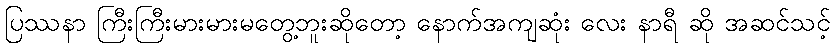
ပြဿနာ ကြီးကြီးမားမားမတွေ့ဘူးဆိုတော့ နောက်အကျဆုံး လေး နာရီ ဆို အဆင်သင့်